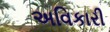
અવિકારી